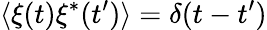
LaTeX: \langle\xi(t)\xi^{*}(t^{\prime})\rangle=\delta(t-t^{\prime})